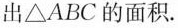
出△ABC的面积.